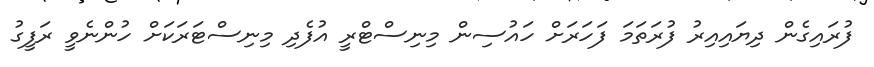
ފުރައިގެން ދިޔައިއިރު ފުރަތަމަ ފަހަރަށް ހައުސިން މިނިސްޓްރީ އުފެދި މިނިސްޓަރަކަށް ހުންނެވީ ރަފީގު